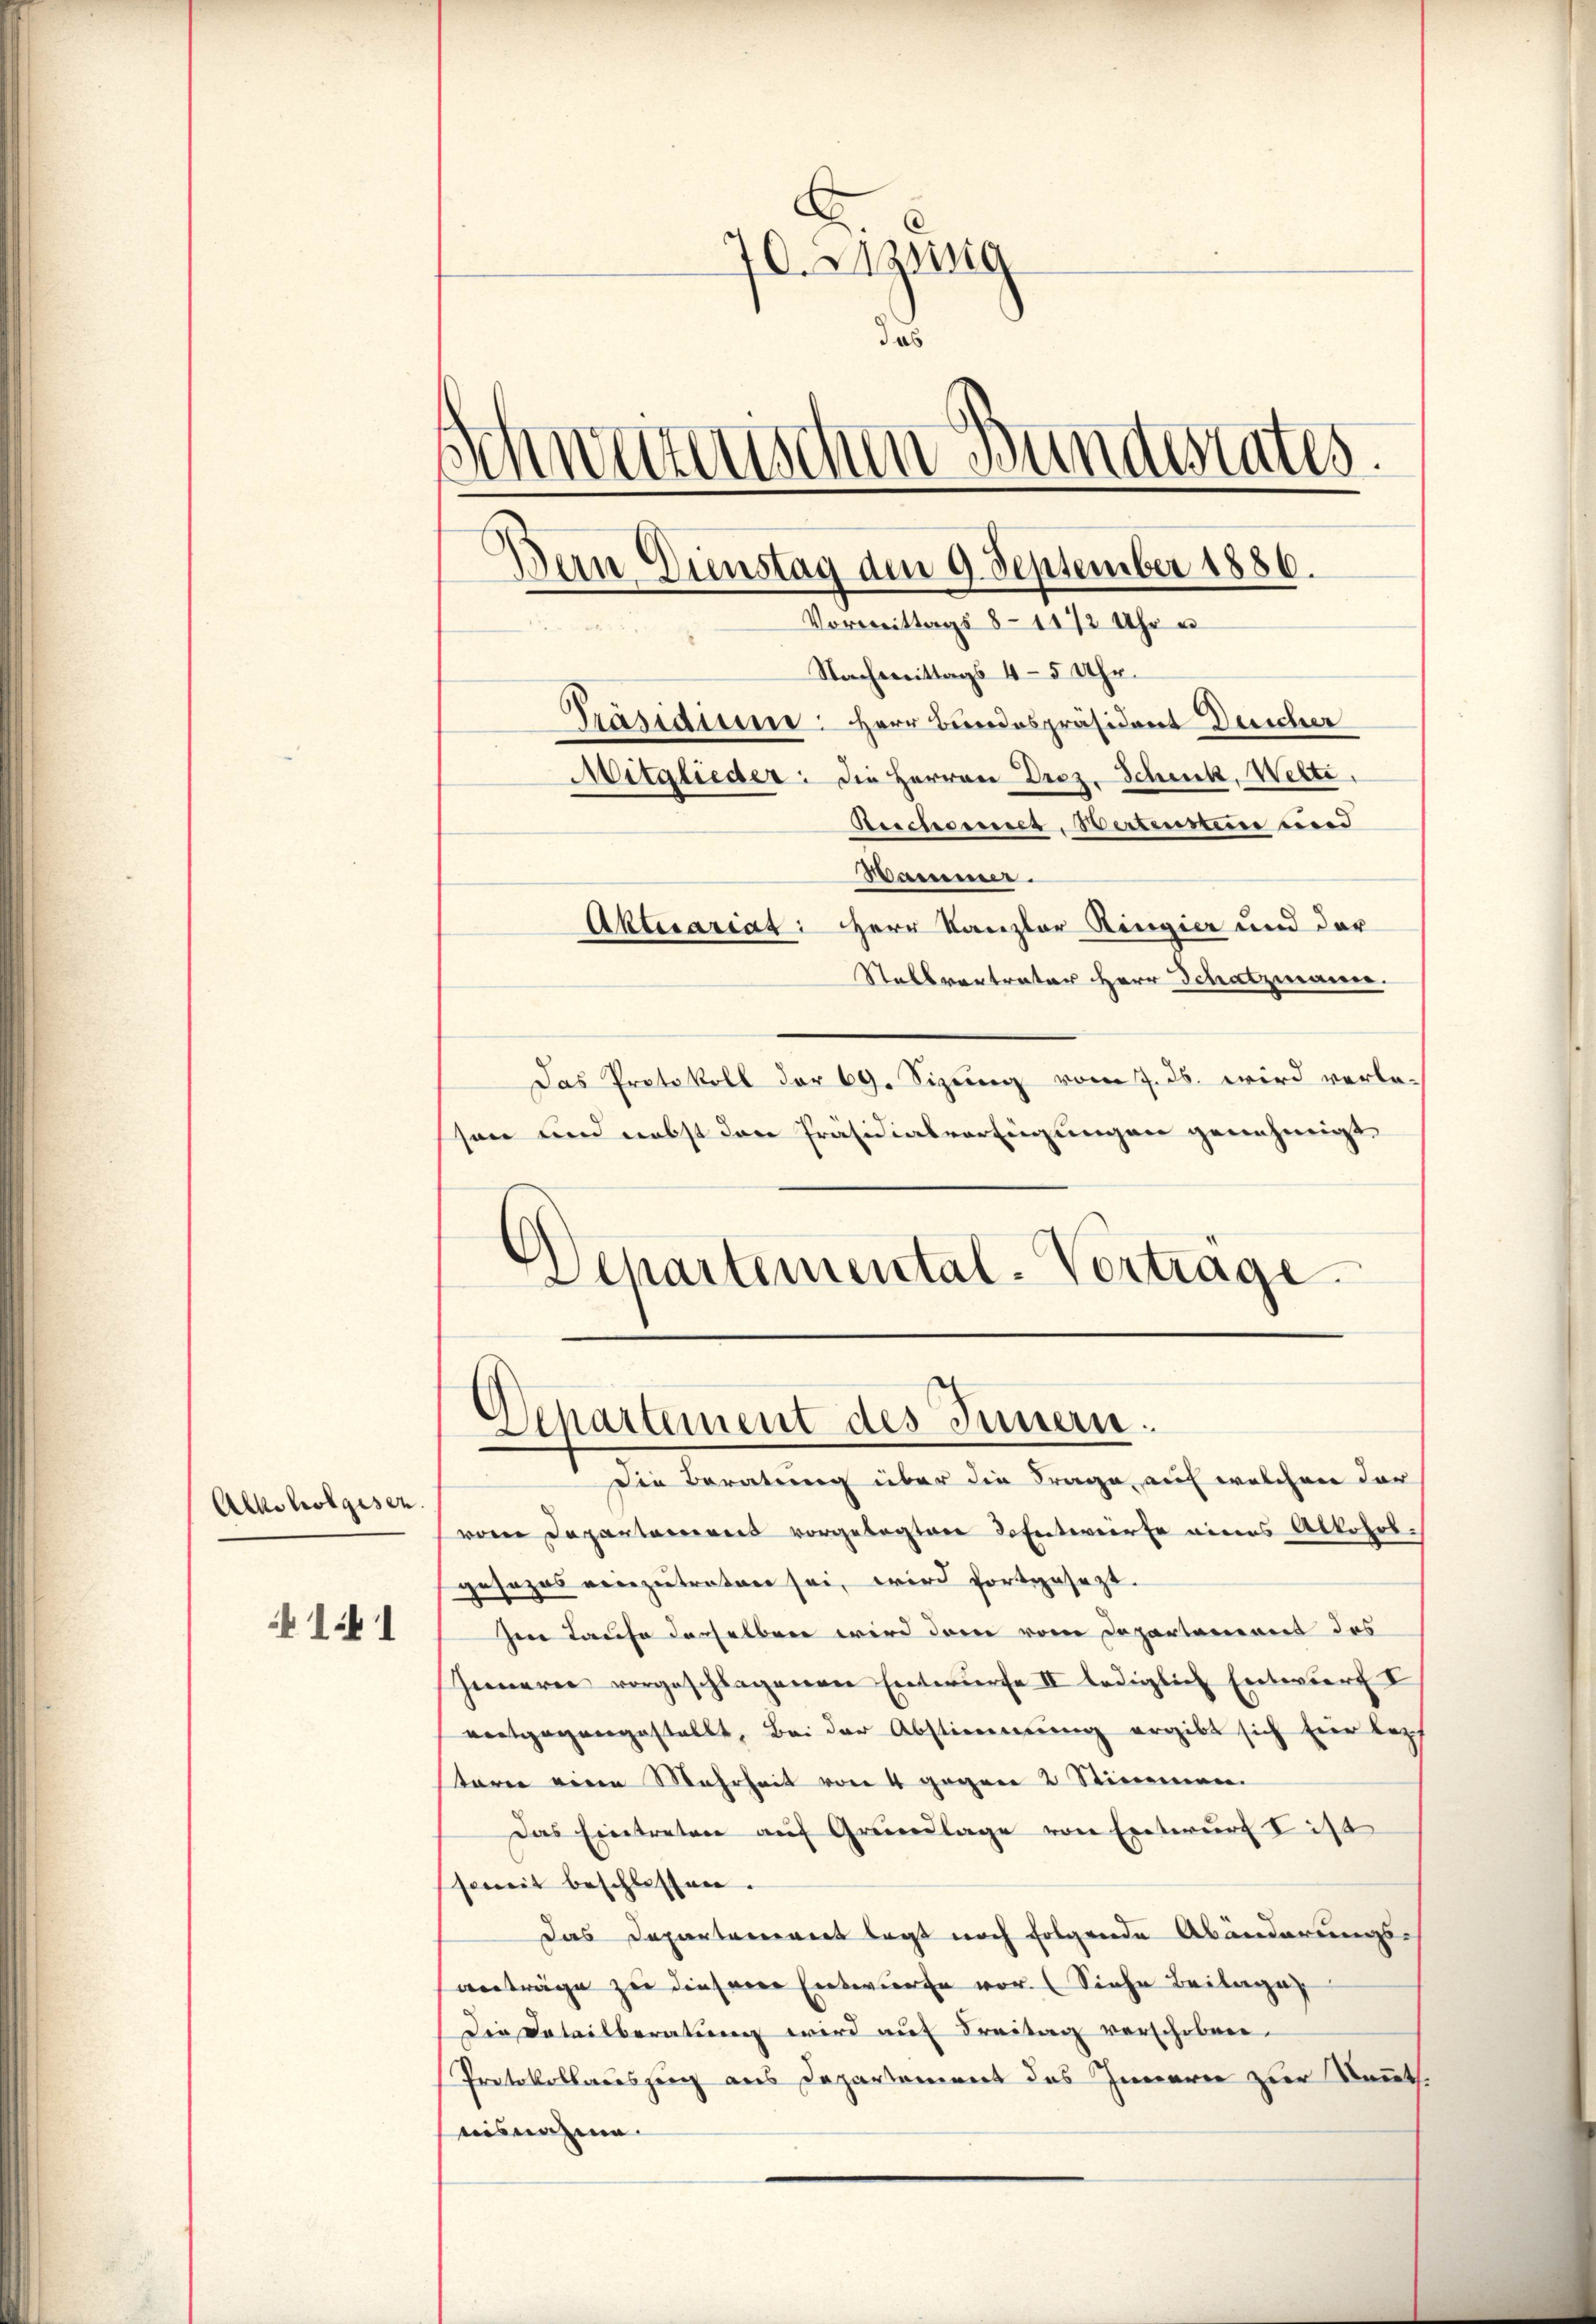
Alkoholgesen.

141

70. Luzung
das
Schwerenischen Bundestates.
Dein Dienstag den 9. September 1886.
Vormittags 8-11/2 Uhr u

Nachmittags 4-5 Uhr.
Präsidium: Herr Bundespräsident Deicher
Mitglieder: die Herren Droz. Schenk, Welte,
Reichsener, Wertensten und
Mamm.
Aktuariat: Herr Kanzler Ringier und der
Stallvertrater Herr Schatzmannen.
Das Protokoll der 69. Sizung vom 7. ds. wird verlesen und nebst den Präsidialverfügungen genehmigt.
Departemental-Vertrage

Departement des Innern.

Die Beratung über die Frage, auf welchen dar
vom Departamens vorgelegten de Entwurfe eines Alkohob.
gesezes vorzutreten sei, wird fortgesezt.
.
Ien Taufe derselben wird dem vom Departement des
Innern vorgeschlagenen Entwurfe II lediglich Entwurf I
vertgegengestellt. Bei der Abstimmung ergibt sich fier lez
sterne eine Mehrheit von 4 gegen 2 Stimmen.
Das Eintreten auf Grundlage von Entwurf I ist
semit beschlossen.
das Departeniret legt noch folgende Abänderungs-
anträge zu diesene Entwurfe vor. (Siehe Beilage
Die Beteilberatung wird auf Freitag verschoben.
Protokollauszug aus Departement des Innern zur Kennt.
aisnahme